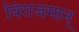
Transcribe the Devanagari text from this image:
विराजमान्